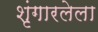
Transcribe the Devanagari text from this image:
शृंगारलेला